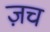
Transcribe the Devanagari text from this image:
ज़च